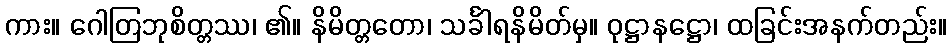
ကား။ ဂေါတြဘုစိတ္တဿ၊ ၏။ နိမိတ္တတော၊ သင်္ခါရနိမိတ်မှ။ ဝုဋ္ဌာနဋ္ဌော၊ ထခြင်းအနက်တည်း။